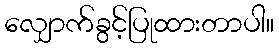
လျှောက်ခွင့်ပြုထားတာပါ။